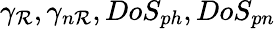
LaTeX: \gamma_{\mathcal{R}},\gamma_{n\mathcal{R}},DoS_{ph},DoS_{pn}